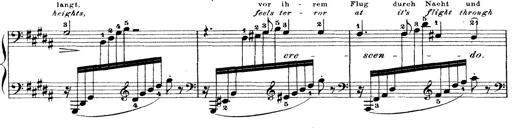
Title: Wagner-Liszt Album
Composer: Franz Liszt